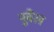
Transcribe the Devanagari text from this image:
नूवैल